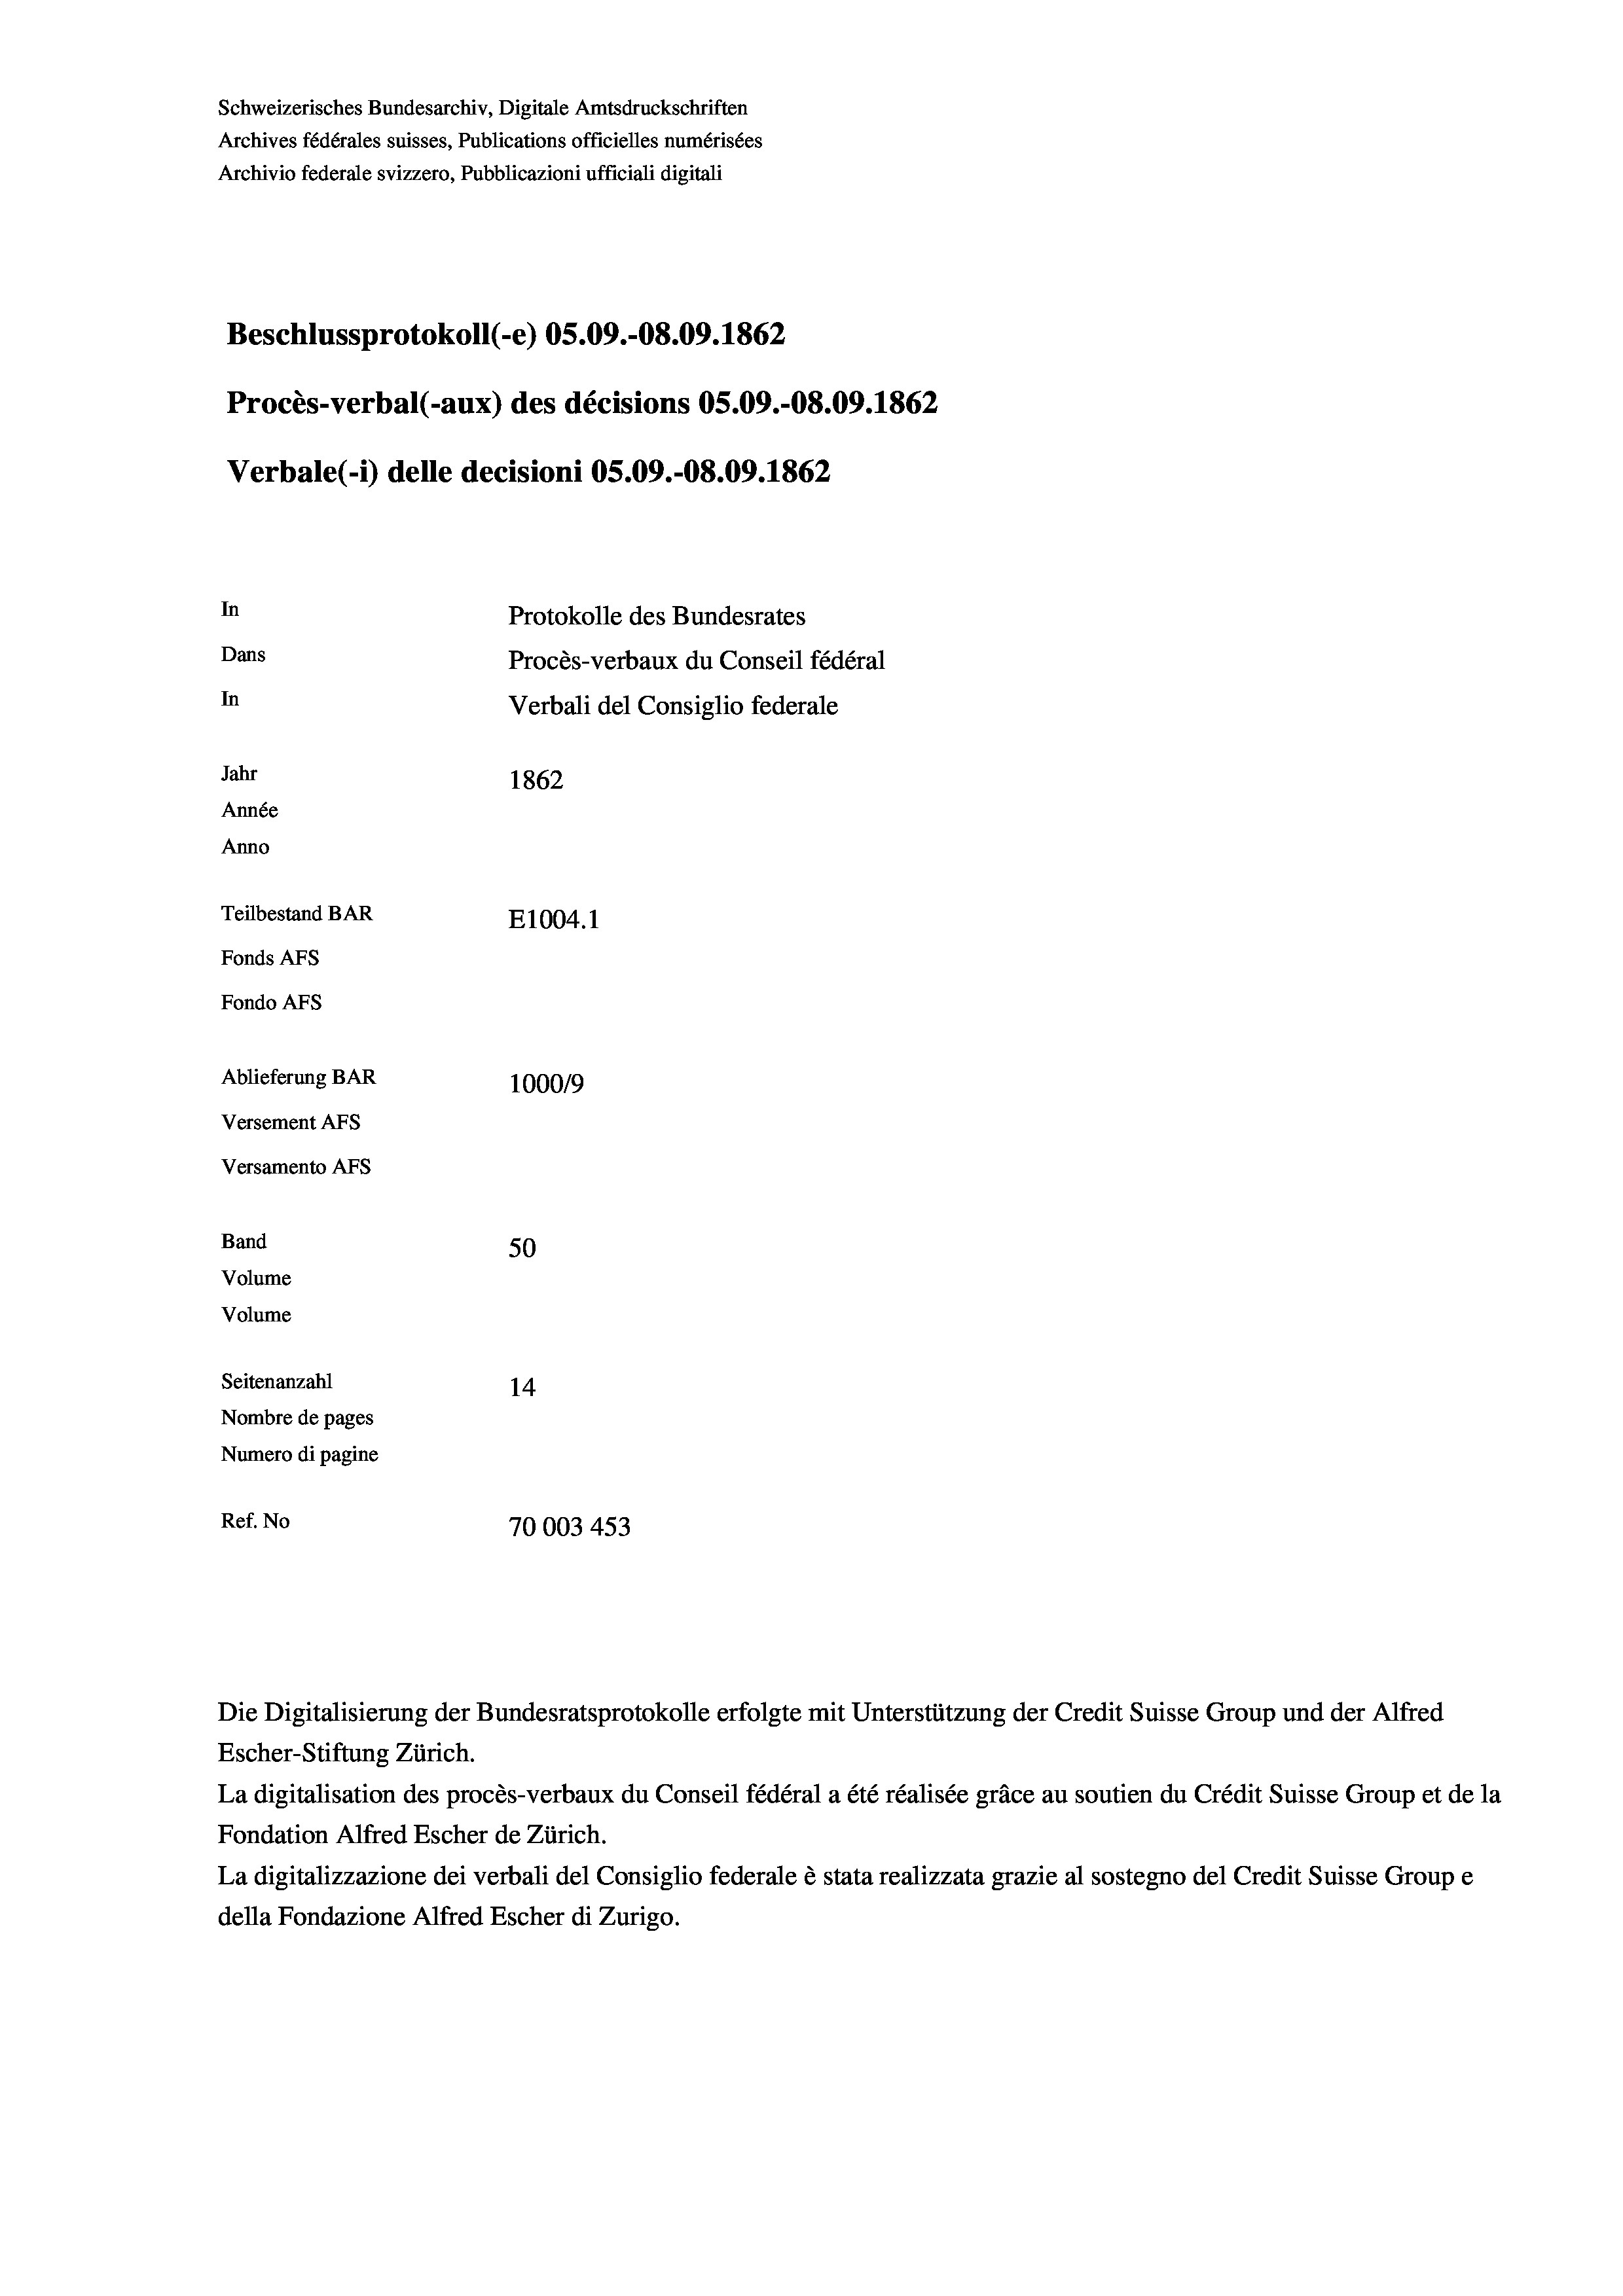
Schweizerisches Bundesarchiv, Digitale Amtsdruckschriften
Archives fédérales suisses, Publications officielles numérisées
Archivio federale svizzero, Pubblicazioni ufficiali digitali
Beschlussprotokoll (-e) OS.09.-08.09. 1862
Procès-verbal (-aux) des décisions OS.09.-O8.09. 1862
Verbale(-*) delle decisioni OS.09.-08.09. 1862
In
Protokolle des Bundesrates
Dans
Procès-verbaux du Conseil fédéral
In
Verbali del Consiglio federale
Jahr
1862
Année
Anno
Teilbestand BAR
E1004. 1
Fonds AFs
Fondo AFS
Ablieferung BAR
100019
Versement AFs
Versamento Afs
Band
50
Volume
Volume
Seitenanzahl
14
Nombre de pages
Numero di pagine
Ref. No
70003 453

Escher-Stiftung Zürich.
La digitalisation des procès-verbaux du Conseil fédéral a été réalisée gräce au soutien du Crédit Suisse Group et de la
Fondation Alfred Escher de Zürich.
La digitalizzazione dei verbali del Consiglio federale è stata realizzata grazie al sostegno del Credit Suisse Groupe
della Fondazione Alfred Escher di Zurigo.

Die Digitalisierung der Bundesratsprotokolle erfolgte mit Unterstützung der Credit Suisse Group und der Alfred